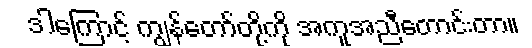
ဒါကြောင့် ကျွန်တော်တို့ကို အကူအညီတောင်းတာ။